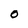
Character: O